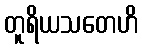
တူရိယသတေဟိ